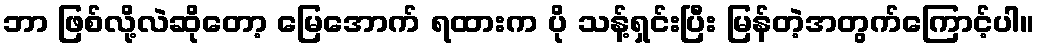
ဘာ ဖြစ်လို့လဲဆိုတော့ မြေအောက် ရထားက ပို သန့်ရှင်းပြီး မြန်တဲ့အတွက်ကြောင့်ပါ။